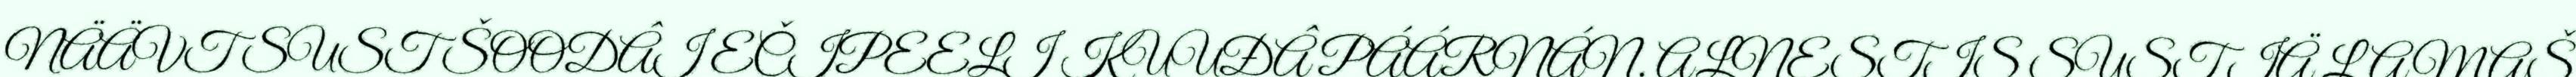
NÄÄVT SUST ŠOODÂI EČIPEELI KUUĐÂ PÁÁRNÁN. ALNESTIS SUST IÄ LAMAŠ